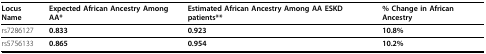
<table><thead><tr><td><b>Locus Name</b></td><td><b>Expected African Ancestry Among AA*</b></td><td><b>Estimated African Ancestry Among AA ESKD patients**</b></td><td><b>% Change in African Ancestry</b></td></tr></thead><tbody><tr><td>rs7286127</td><td><b>0.833</b></td><td><b>0.923</b></td><td><b>10.8%</b></td></tr><tr><td>rs5756133</td><td><b>0.865</b></td><td><b>0.954</b></td><td><b>10.2%</b></td></tr></tbody></table>